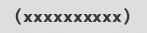
(xxxxxxxxxx)